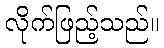
လိုက်ဖြည့်သည်။